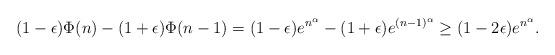
LaTeX: \begin{align*}(1-\epsilon) \Phi(n)-(1+\epsilon)\Phi(n-1)= (1-\epsilon)e^{n^\alpha} - (1+\epsilon)e^{(n-1)^\alpha} \geq (1-2\epsilon)e^{n^\alpha}.\end{align*}